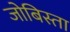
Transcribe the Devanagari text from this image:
जोबिस्ता